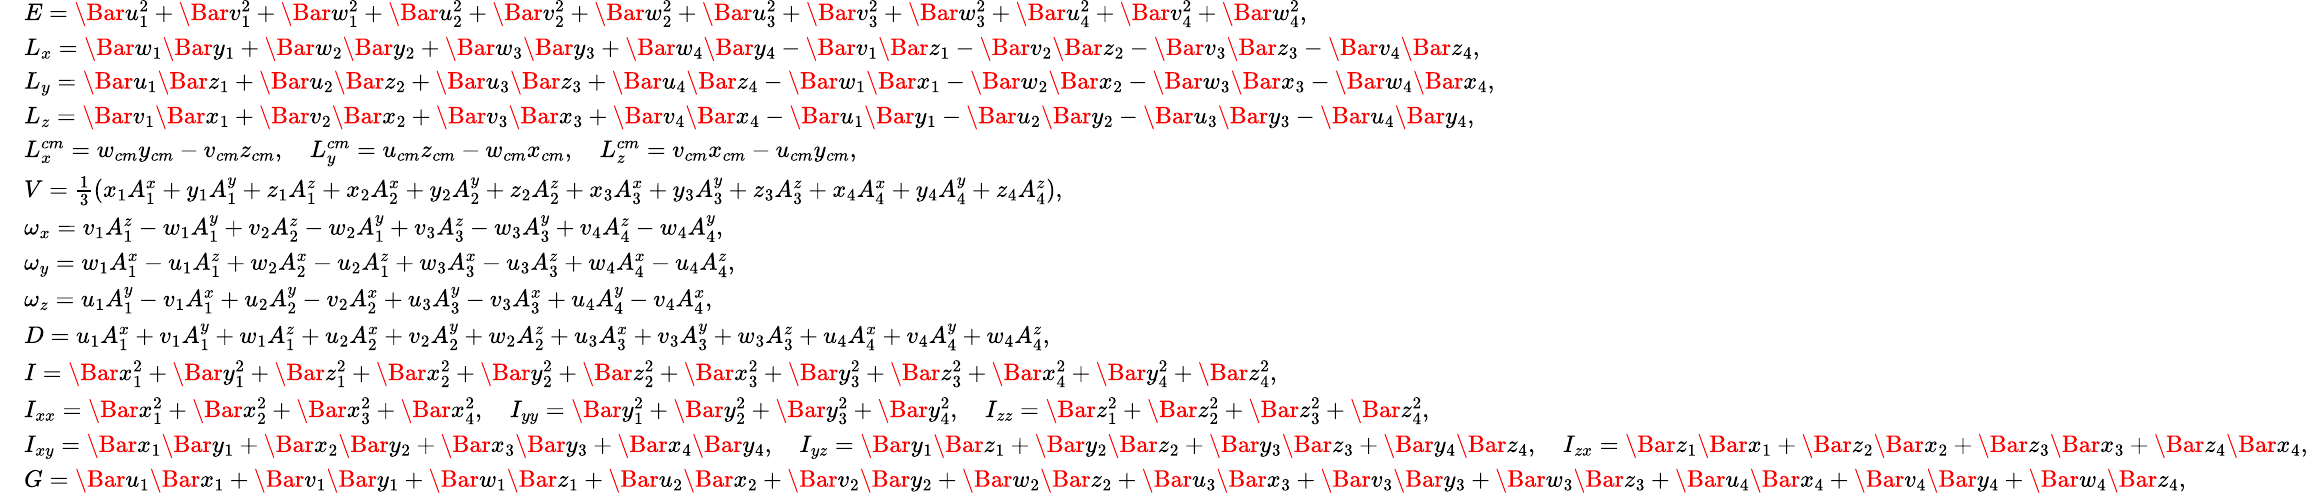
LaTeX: \small\begin{array}{rl}&{E=\Bar{u}_{1}^{2}+\Bar{v}_{1}^{2}+\Bar{w}_{1}^{2}+\Bar{u}_{2}^{2}+\Bar{v}_{2}^{2}+\Bar{w}_{2}^{2}+\Bar{u}_{3}^{2}+\Bar{v}_{3}^{2}+\Bar{w}_{3}^{2}+\Bar{u}_{4}^{2}+\Bar{v}_{4}^{2}+\Bar{w}_{4}^{2},}\\ &{L_{x}=\Bar{w}_{1}\Bar{y}_{1}+\Bar{w}_{2}\Bar{y}_{2}+\Bar{w}_{3}\Bar{y}_{3}+\Bar{w}_{4}\Bar{y}_{4}-\Bar{v}_{1}\Bar{z}_{1}-\Bar{v}_{2}\Bar{z}_{2}-\Bar{v}_{3}\Bar{z}_{3}-\Bar{v}_{4}\Bar{z}_{4},}\\ &{L_{y}=\Bar{u}_{1}\Bar{z}_{1}+\Bar{u}_{2}\Bar{z}_{2}+\Bar{u}_{3}\Bar{z}_{3}+\Bar{u}_{4}\Bar{z}_{4}-\Bar{w}_{1}\Bar{x}_{1}-\Bar{w}_{2}\Bar{x}_{2}-\Bar{w}_{3}\Bar{x}_{3}-\Bar{w}_{4}\Bar{x}_{4},}\\ &{L_{z}=\Bar{v}_{1}\Bar{x}_{1}+\Bar{v}_{2}\Bar{x}_{2}+\Bar{v}_{3}\Bar{x}_{3}+\Bar{v}_{4}\Bar{x}_{4}-\Bar{u}_{1}\Bar{y}_{1}-\Bar{u}_{2}\Bar{y}_{2}-\Bar{u}_{3}\Bar{y}_{3}-\Bar{u}_{4}\Bar{y}_{4},}\\ &{L_{x}^{cm}=w_{cm}y_{cm}-v_{cm}z_{cm},\quad L_{y}^{cm}=u_{cm}z_{cm}-w_{cm}x_{cm},\quad L_{z}^{cm}=v_{cm}x_{cm}-u_{cm}y_{cm},}\\ &{V=\frac{1}{3}(x_{1}A_{1}^{x}+y_{1}A_{1}^{y}+z_{1}A_{1}^{z}+x_{2}A_{2}^{x}+y_{2}A_{2}^{y}+z_{2}A_{2}^{z}+x_{3}A_{3}^{x}+y_{3}A_{3}^{y}+z_{3}A_{3}^{z}+x_{4}A_{4}^{x}+y_{4}A_{4}^{y}+z_{4}A_{4}^{z}),}\\ &{\omega_{x}=v_{1}A_{1}^{z}-w_{1}A_{1}^{y}+v_{2}A_{2}^{z}-w_{2}A_{1}^{y}+v_{3}A_{3}^{z}-w_{3}A_{3}^{y}+v_{4}A_{4}^{z}-w_{4}A_{4}^{y},}\\ &{\omega_{y}=w_{1}A_{1}^{x}-u_{1}A_{1}^{z}+w_{2}A_{2}^{x}-u_{2}A_{1}^{z}+w_{3}A_{3}^{x}-u_{3}A_{3}^{z}+w_{4}A_{4}^{x}-u_{4}A_{4}^{z},}\\ &{\omega_{z}=u_{1}A_{1}^{y}-v_{1}A_{1}^{x}+u_{2}A_{2}^{y}-v_{2}A_{2}^{x}+u_{3}A_{3}^{y}-v_{3}A_{3}^{x}+u_{4}A_{4}^{y}-v_{4}A_{4}^{x},}\\ &{D=u_{1}A_{1}^{x}+v_{1}A_{1}^{y}+w_{1}A_{1}^{z}+u_{2}A_{2}^{x}+v_{2}A_{2}^{y}+w_{2}A_{2}^{z}+u_{3}A_{3}^{x}+v_{3}A_{3}^{y}+w_{3}A_{3}^{z}+u_{4}A_{4}^{x}+v_{4}A_{4}^{y}+w_{4}A_{4}^{z},}\\ &{I=\Bar{x}_{1}^{2}+\Bar{y}_{1}^{2}+\Bar{z}_{1}^{2}+\Bar{x}_{2}^{2}+\Bar{y}_{2}^{2}+\Bar{z}_{2}^{2}+\Bar{x}_{3}^{2}+\Bar{y}_{3}^{2}+\Bar{z}_{3}^{2}+\Bar{x}_{4}^{2}+\Bar{y}_{4}^{2}+\Bar{z}_{4}^{2},}\\ &{I_{xx}=\Bar{x}_{1}^{2}+\Bar{x}_{2}^{2}+\Bar{x}_{3}^{2}+\Bar{x}_{4}^{2},\quad I_{yy}=\Bar{y}_{1}^{2}+\Bar{y}_{2}^{2}+\Bar{y}_{3}^{2}+\Bar{y}_{4}^{2},\quad I_{zz}=\Bar{z}_{1}^{2}+\Bar{z}_{2}^{2}+\Bar{z}_{3}^{2}+\Bar{z}_{4}^{2},}\\ &{I_{xy}=\Bar{x}_{1}\Bar{y}_{1}+\Bar{x}_{2}\Bar{y}_{2}+\Bar{x}_{3}\Bar{y}_{3}+\Bar{x}_{4}\Bar{y}_{4},\quad I_{yz}=\Bar{y}_{1}\Bar{z}_{1}+\Bar{y}_{2}\Bar{z}_{2}+\Bar{y}_{3}\Bar{z}_{3}+\Bar{y}_{4}\Bar{z}_{4},\quad I_{zx}=\Bar{z}_{1}\Bar{x}_{1}+\Bar{z}_{2}\Bar{x}_{2}+\Bar{z}_{3}\Bar{x}_{3}+\Bar{z}_{4}\Bar{x}_{4},}\\ &{G=\Bar{u}_{1}\Bar{x}_{1}+\Bar{v}_{1}\Bar{y}_{1}+\Bar{w}_{1}\Bar{z}_{1}+\Bar{u}_{2}\Bar{x}_{2}+\Bar{v}_{2}\Bar{y}_{2}+\Bar{w}_{2}\Bar{z}_{2}+\Bar{u}_{3}\Bar{x}_{3}+\Bar{v}_{3}\Bar{y}_{3}+\Bar{w}_{3}\Bar{z}_{3}+\Bar{u}_{4}\Bar{x}_{4}+\Bar{v}_{4}\Bar{y}_{4}+\Bar{w}_{4}\Bar{z}_{4},}\end{array}